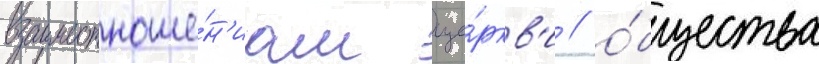
взаимоотноше́н'иам це́ркв'и / о́бщества